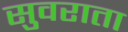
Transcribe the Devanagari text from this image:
सुवराता